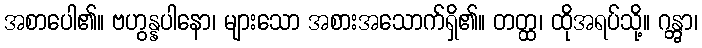
အစာပေါ၏။ ဗဟွန္နပါနော၊ များသော အစားအသောက်ရှိ၏။ တတ္ထ၊ ထိုအရပ်သို့။ ဂန္တွာ၊